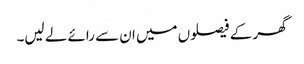
گھر کے فیصلوں میں ان سے رائے لے لیں۔